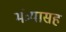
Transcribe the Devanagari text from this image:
मंत्र्यासह